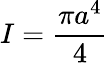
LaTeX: I={\frac{\pi a^{4}}{4}}